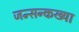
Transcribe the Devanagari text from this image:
जन्सन्कख्या